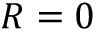
R = 0